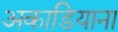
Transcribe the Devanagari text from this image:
अकाडियाना